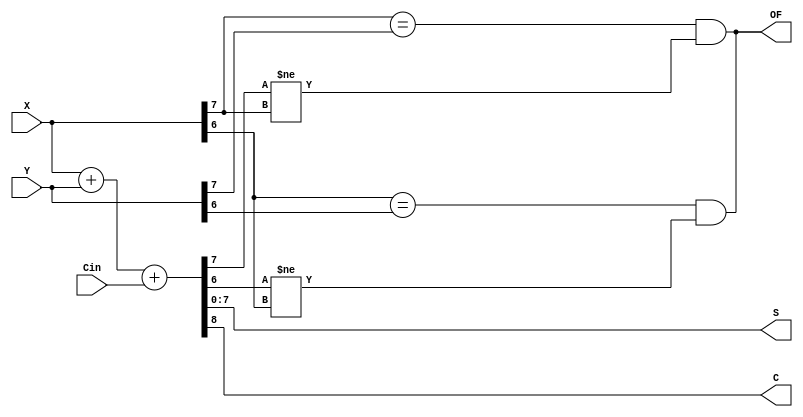
`timescale 1ns / 1ps
//////////////////////////////////////////////////////////////////////////////////
// Company: 
// Engineer: 
// 
// Design Name: 
// Module Name: add_8
// Project Name: 
// Target Devices: 
// Tool Versions: 
// Description: 
// 
// Dependencies: 
// 
// Revision:
// Revision 0.01 - File Created
// Additional Comments:
// 
//////////////////////////////////////////////////////////////////////////////////


module add_8(
	input [7:0] X,Y, 
	input Cin, 
	output reg[7:0] S, 
	output reg C, 
	output OF 
     ); 
	always @ (X or Y or Cin) 
	{ C,S } = X + Y + Cin; 
	assign OF = (X[7] == Y[7] && (S[7] != X[7])); 
	assign OF = (X[6] == Y[6] && (S[6] != X[6]));  
endmodule


module ALU_8(
    input Cin,
    input [7:0] X,
    input [7:0] Y,
    output reg [7:0] S,
    output reg OF,
    output reg ZF,
    output reg Cout
    );
    always@(*)
    begin
    	if(Cin)
			{Cout,S}=X+~Y+Cin;
    	else
    		{Cout,S}=X+Y+Cin;
    	OF=((X[7]==Y[7])&&(S[7]!=X[7]));
		ZF= (S==8'b00000000);
   	end
endmodule

module test_add_8();
	reg [7:0]X; 
	reg [7:0]Y; 
	reg Cin; 
	wire [7:0]S; 
	wire C; 
	wire OF;  
	add_8 a( 
    .X(X), 
    .Y(Y), 
    .Cin(Cin), 
    .S(S), 
    .C(C), 
    .OF(OF) 
	);  
	initial begin 
			Cin = 1'b0; 
			X = 8'b00000000;Y = 8'b00000001;#10; 
			X = 8'b01111111;Y = 8'b00000001;#10; 
			X = 8'b11111111;Y = 8'b00000001;#10; 
			X = 8'b11111111;Y = 8'b11111111;#10; 
			X = 8'b10000000;Y = 8'b10000000;#10; 
			X = 8'b01000000;Y = 8'b01000000;#10; 
			X = 8'b01111111;Y = 8'b11111111;#10; 
			X = 8'b00000000;Y = 8'b00000000;#10; 
			Cin = 1'b1; 
			X = 8'b00000000;Y = 8'b00000001;#10; 
			X = 8'b01111111;Y = 8'b00000001;#10; 
			X = 8'b11111111;Y = 8'b00000001;#10; 
			X = 8'b11111111;Y = 8'b11111111;#10; 
			X = 8'b10000000;Y = 8'b10000000;#10; 
			X = 8'b01000000;Y = 8'b01000000;#10; 
			X = 8'b01111111;Y = 8'b11111111;#10; 
			X = 8'b00000000;Y = 8'b00000000;#10; 
			end 
endmodule


module test_ALU_8();
	reg Cin;
	reg [7:0] X;
	reg [7:0] Y;
	wire [7:0] S;
	wire OF;
	wire ZF;
	wire Cout;
	ALU_8 a(
			.Cin(Cin),
			.X(X),
			.Y(Y),
			.S(S),
			.OF(OF),
			.ZF(ZF),
			.Cout(Cout)
			);
	initial begin
		Cin=1'b0;
		X=8'b00000000; Y=8'b00000000;#10;
					   Y=8'b00000001;#10;
		X=8'b01111111; Y=8'b00000000;#10;
					   Y=8'b00000001;#10;
					   Y=8'b01111111;#10;
					   Y=8'b11111111;#10;
					   Y=8'b10000000;#10;
		X=8'b10000000; Y=8'b00000001;#10;
					   Y=8'b01111111;#10;
					   Y=8'b11111111;#10;
					   Y=8'b10000001;#10;
		X=8'b11111111; Y=8'b00000001;#10;
					   Y=8'b01111111;#10;
					   Y=8'b11111111;#10;
					   Y=8'b10000001;#10;
		Cin=1'b1;
		X=8'b00000000; Y=8'b00000000;#10;
					   Y=8'b00000001;#10;
		X=8'b01111111; Y=8'b00000000;#10;
					   Y=8'b00000001;#10;
					   Y=8'b01111111;#10;
					   Y=8'b11111111;#10;
					   Y=8'b10000000;#10;
		X=8'b10000000; Y=8'b00000001;#10;
					   Y=8'b01111111;#10;
					   Y=8'b11111111;#10;
					   Y=8'b10000001;#10;
		X=8'b11111111; Y=8'b00000001;#10;
					   Y=8'b01111111;#10;
					   Y=8'b11111111;#10;
					   Y=8'b10000001;#10;		
		end
endmodule